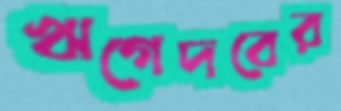
ঋগেদবের